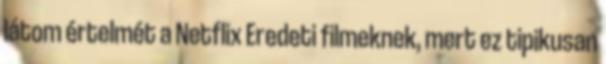
látom értelmét a Netflix Eredeti filmeknek, mert ez tipikusan